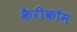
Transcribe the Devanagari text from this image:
कैरीकॉम